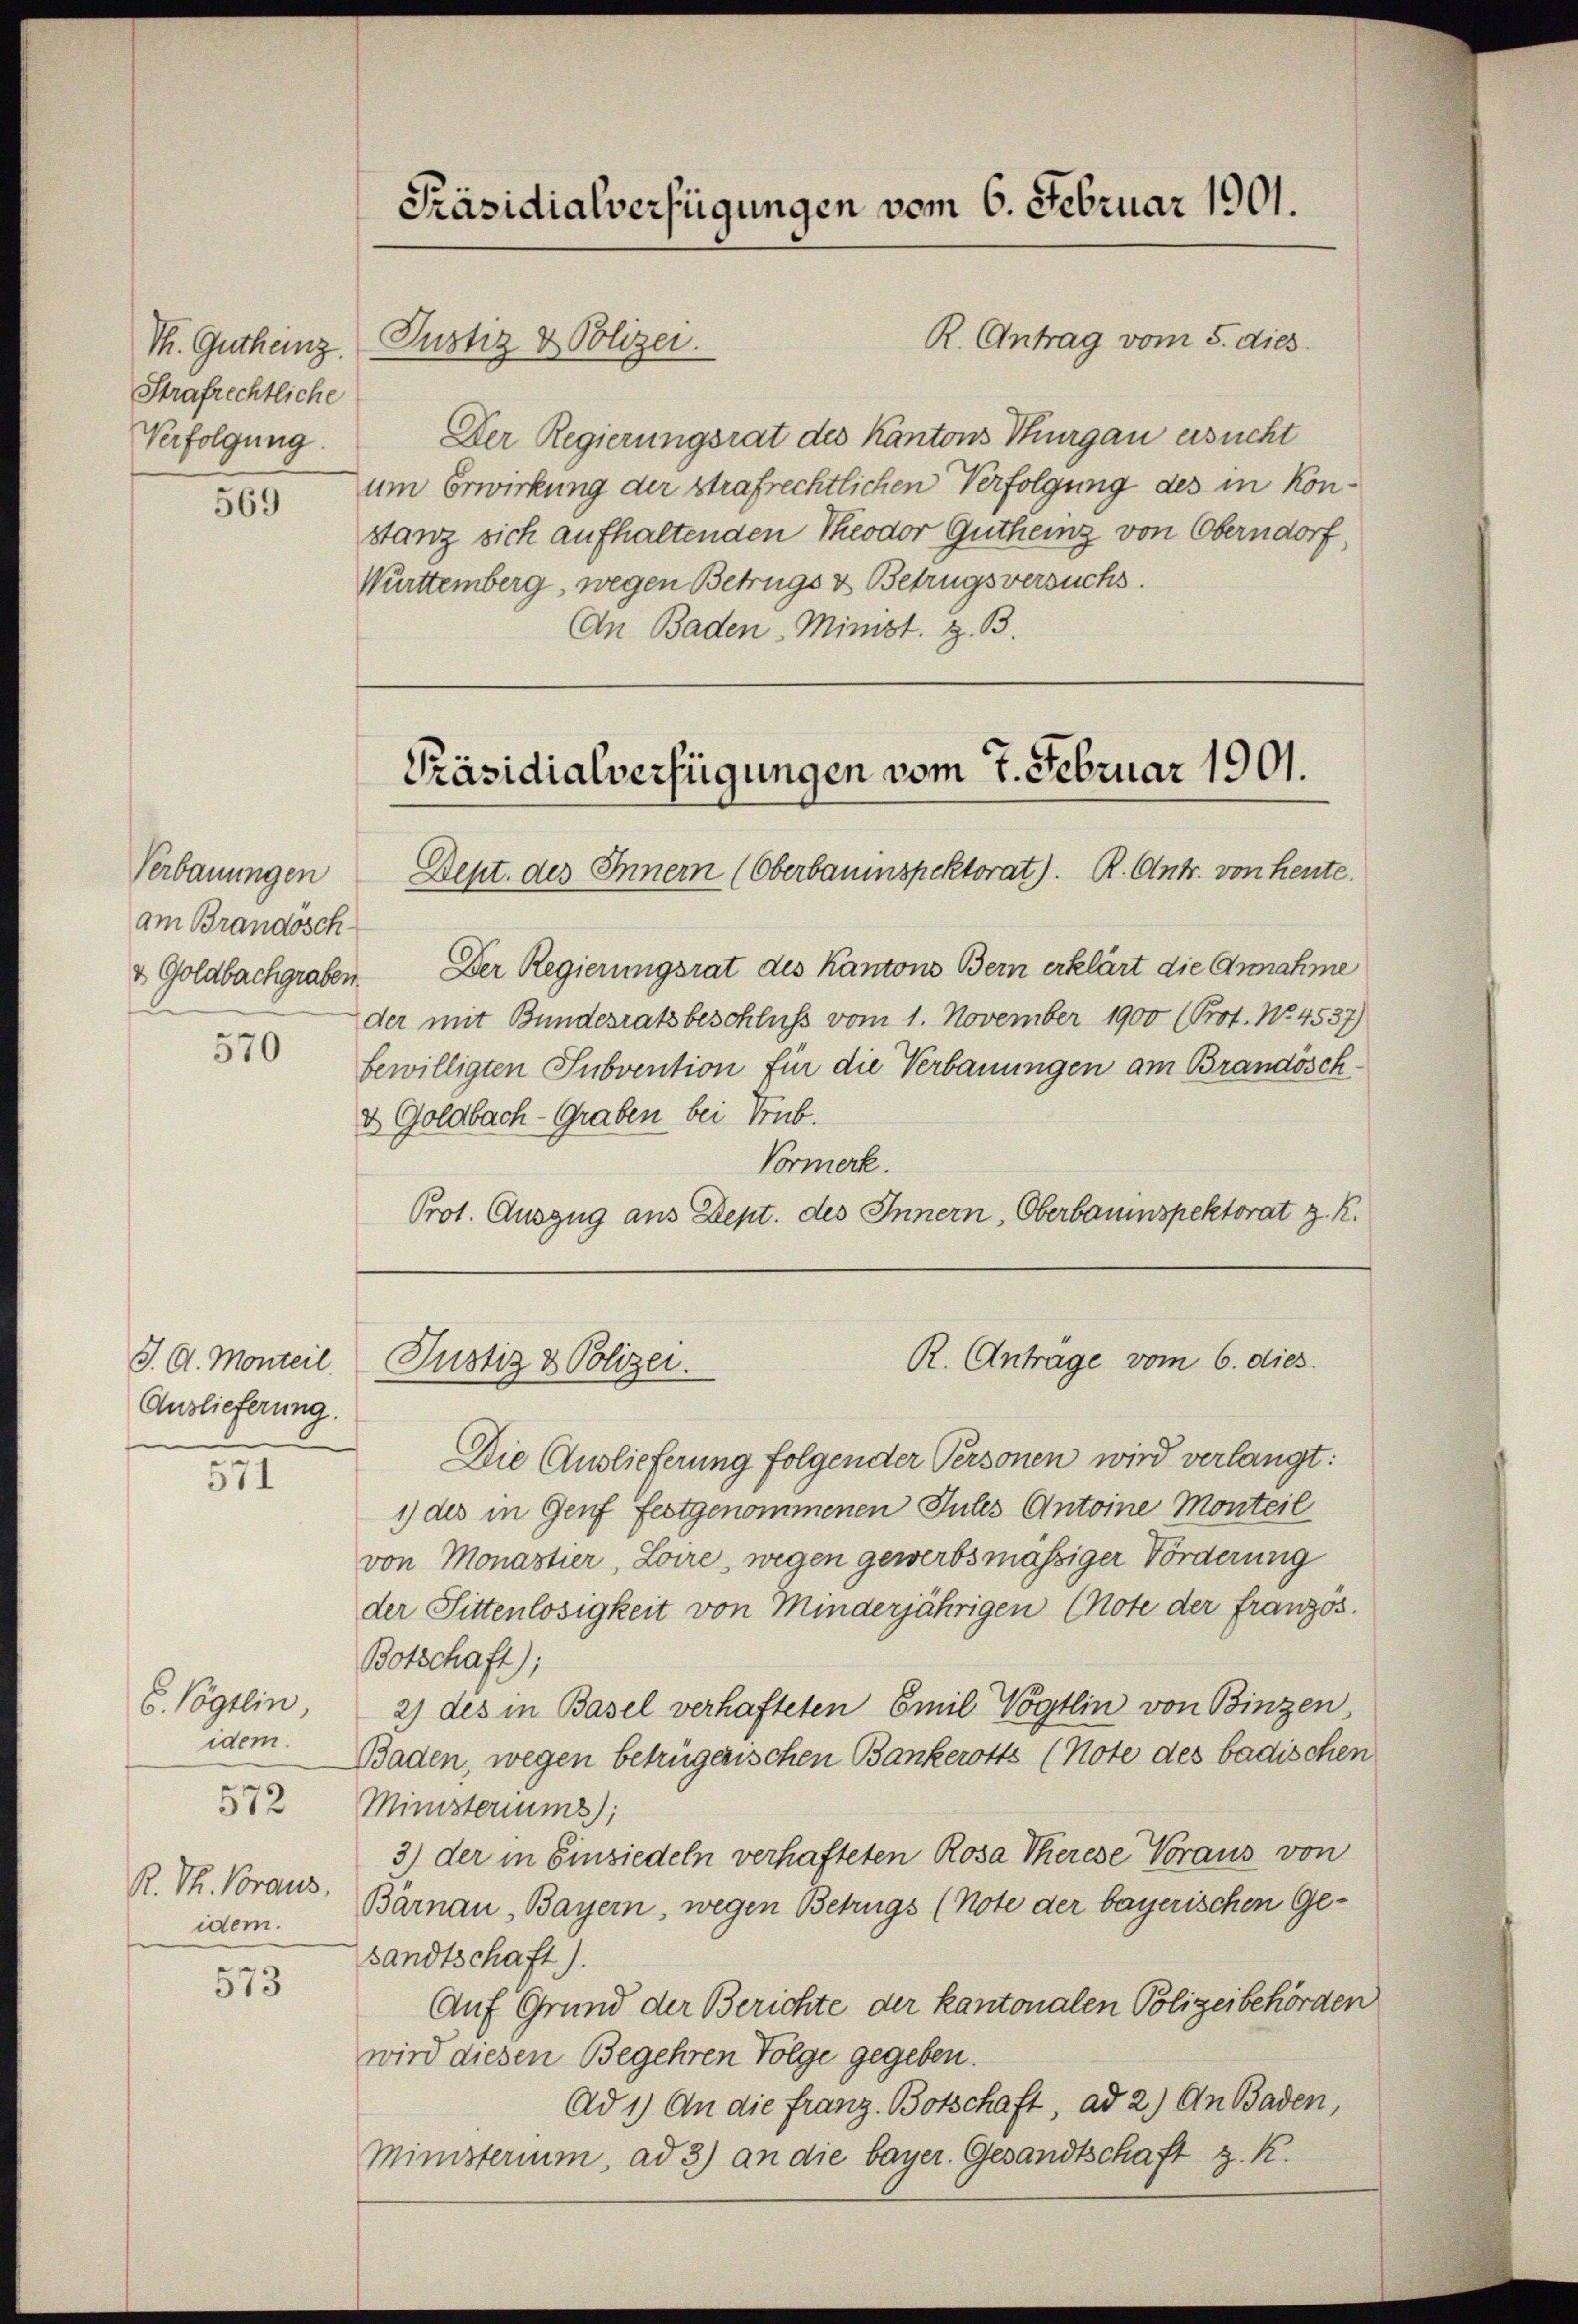
Th. Gutheinz
Strafrechtliche
Verfolgung.

569

Verbauungen
am Brandosch-
& Goldbachgraben.

570

J. A. Monteil.
Auslieferung.

571

S. Vögtlin,
idem.
572

R. Th. Voraus,
idem.

573

Präsidialverfügungen vom 6. Februar 1901.

R. Antrag vom 5. dies
Justiz & Polizei.
Der Regierungsrat des Kantons Thurgau ersucht
um Erwirkung der strafrechtlichen Verfolgung des in Konstanz sich aufhaltenden Theodor Gutheinz von Oberndorf,
Württemberg, wegen Betrugs & Betrugsversuchs.
An Baden Minist. z. B.

Dept. des Innern (Oberbauinspektorat). R. Antr. von heute.
Der Regierungsrat des Kantons Bern erklärt die Annahme
der mit Bundesratsbeschluss vom 1. November 1900 (Prot. No. 4537)
bewilligten Subvention für die Verbauungen am Brandösch¬
& Goldbach - Graben bei Trub.
Vormerk.
Prot. Auszug aus Dept. des Innern, Oberbauinspektorat z. R.
Die Auslieferung folgender Personen wird verlangt:
1) des in Genf festgenommenen Julis Antoine Monteil
von Monastier, Loire, wegen gewerbsmässiger Förderung
der Sittenlosigkeit von Minderjährigen (Note der französ.
Botschaft);
2) des in Basel verhafteten Emil Vögtlin von Binzen
Baden, wegen betrügerischen Bankerotts (Note des badischen
Ministeriums);
3) der in Einsiedeln verhafteten Rosa Therese Voraus von
Bärnau, Bayern, wegen Betrugs (Note der bayerischen Gesandtschaft).
Auf Grund der Berichte der kantonalen Polizeibehörden
wird diesen Begehren Folge gegeben.
Ad 1) An die Franz. Botschaft, ad 2.) An Baden,
Ministerium, ad 3) an die bayer. Gesandtschaft z. R.

Präsidialverfügungen vom 7. Februar 1901.

Justiz & Polizei.

R. Antrage vom 6. dies